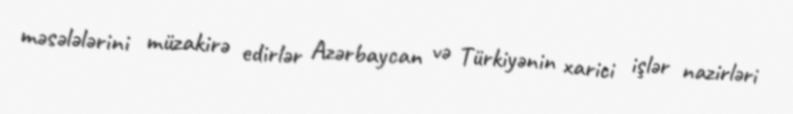
məsələlərini müzakirə edirlər Azərbaycan və Türkiyənin xarici işlər nazirləri